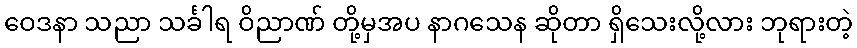
ဝေဒနာ သညာ သင်္ခါရ ဝိညာဏ် တို့မှအပ နာဂသေန ဆိုတာ ရှိသေးလို့လား ဘုရားတဲ့